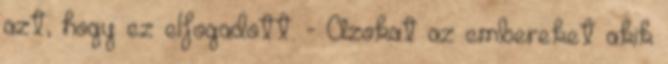
azt, hogy ez elfogadott. - Azokat az embereket akik